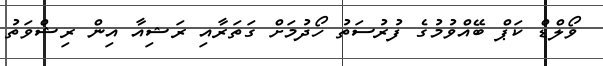
ވޯލްޑް ކަޕް ބޭއްވުމުގެ ފުރުސަތު ހޯދުމަށް ގަތަރާއި ރަޝިއާ އިން ރިޝްވަތު